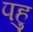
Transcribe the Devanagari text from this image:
पहु